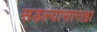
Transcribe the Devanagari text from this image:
सडल्यासारखा